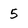
Character: 5